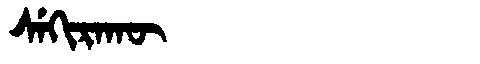
Manchu: ᠰᡝᡴᡳᡵᠠᡴᡡ
Romanization: SEKIRAKŪ